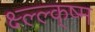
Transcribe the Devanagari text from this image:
क्ष्ल्ल्क्ष्म